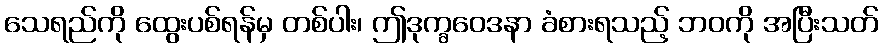
သေရည်ကို ထွေးပစ်ရန်မှ တစ်ပါး၊ ဤဒုက္ခဝေဒနာ ခံစားရသည့် ဘဝကို အပြီးသတ်